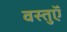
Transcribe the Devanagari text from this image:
वस्तुऍँ